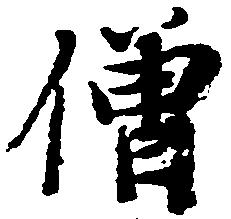
僧